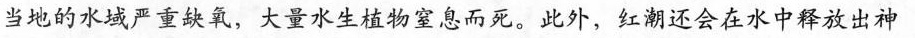
当地的水域严重缺氧，大量水生植物窒息而死。此外，红潮还会在水中释放出神